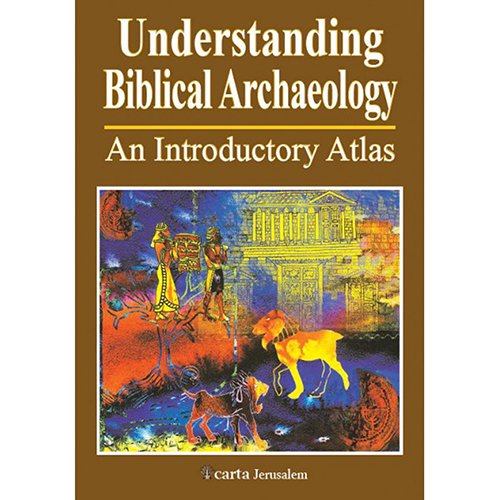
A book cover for Understanding Biblical Archaeology: An Introductory Atlas; Paul H. Wright; Christian Books & Bibles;